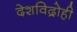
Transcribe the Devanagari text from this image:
देशविद्रोही